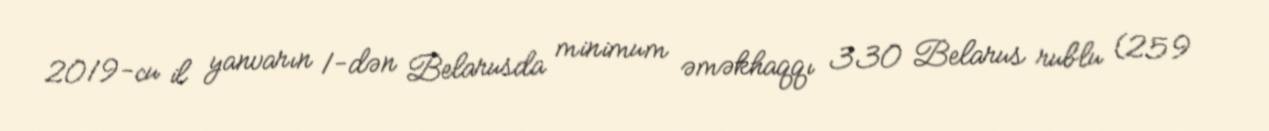
2019-cu il yanvarın 1-dən Belarusda minimum əməkhaqqı 330 Belarus rublu (259